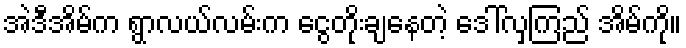
အဲဒီအိမ်က ရွာလယ်လမ်းက ငွေတိုးချနေတဲ့ ဒေါ်လှကြည် အိမ်ကို။